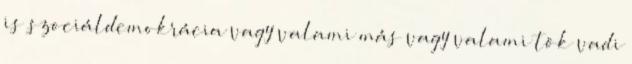
is szociáldemokrácia vagy valami más vagy valami tök vadi